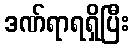
ဒဏ်ရာရရှိပြီး